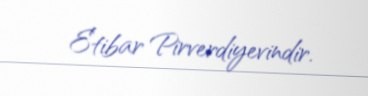
Etibar Pirverdiyevindir.